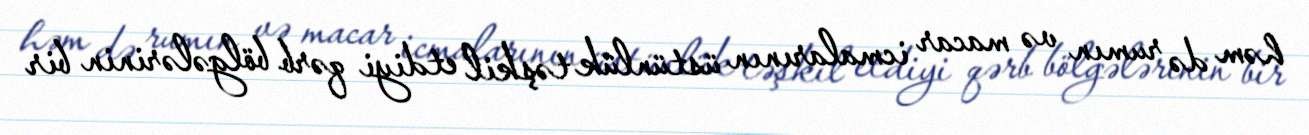
həm də rumın və macar icmalarının üstünlük təşkil etdiyi qərb bölgələrinin bir